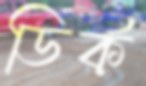
ডির্ক